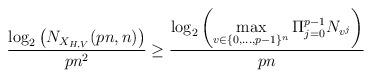
LaTeX: \begin{align*}\dfrac{\log_2\left(N_{X_{H,V}}(pn,n)\right)}{pn^2} \geq \dfrac{\log_2\left( \max\limits_{v \in \{0,\dots,p-1\}^n} \Pi_{j=0}^{p-1} N_{v^j} \right)}{pn}\end{align*}